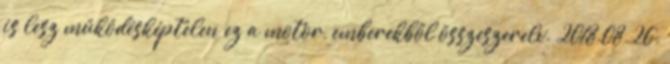
is lesz működésképtelen ez a motor, emberekből összeszerelv. 2018.08.26.